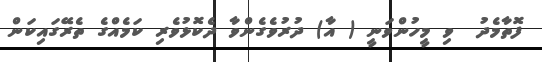
ފޮތާމެދު  ވި މީހުންވަނީ ( އާ) ދުރުވެގެންވާ ދެކޮޅުވެރި ކަމެއްގެ ތެރޭގައިކަން